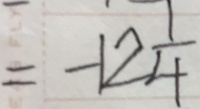
= - 1 2 \frac { 1 } { 4 }